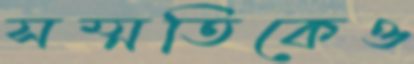
সম্মতিকেও